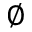
\varnothing